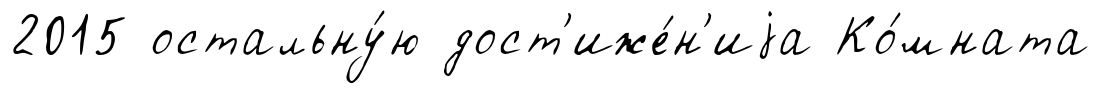
2015 остальну́ю дост'иже́н'иjа Ко́мната